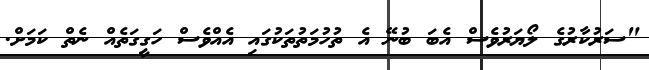
"ސަރުކާރުގެ ލޯޔަރުވެސް އެބަ ބުނޭ އެ ތުހުމަތުތަކުގައި އެއްވެސް ހަގީގަތެއް ނެތް ކަމަށް.